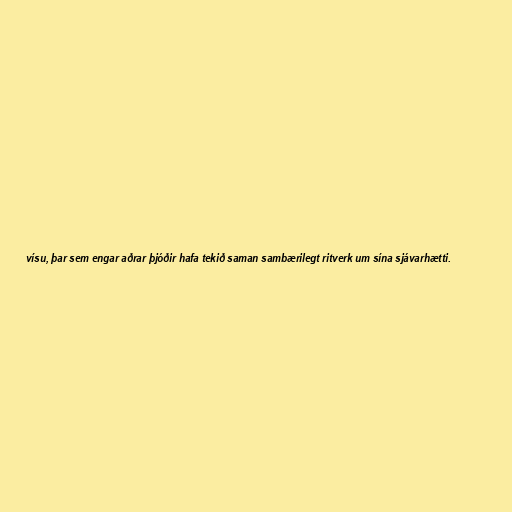
vísu, þar sem engar aðrar þjóðir hafa tekið saman sambærilegt ritverk um sína sjávarhætti.